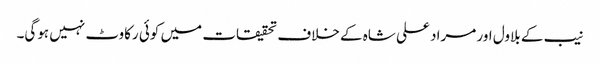
نیب کے بلاول اور مراد علی شاہ کے خلاف تحقیقات میں کوئی رکاوٹ نہیں ہوگی۔